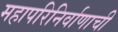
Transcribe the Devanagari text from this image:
महापरिनिर्वाणाची